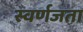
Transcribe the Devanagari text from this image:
स्वर्णजता